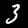
Label: 3